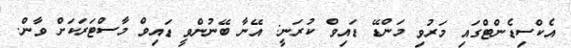
އެކްސިޑެންޓްގައި މަރުވި މަންޑޭ ޑައިވް ކުރަނީ: އޭނާ ބޭނުންވީ ޑައިވް މާސްޓަރަކަށް ވާން.